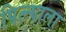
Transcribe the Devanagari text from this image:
पित्त्याला